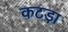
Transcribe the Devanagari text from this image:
कटड़ा